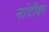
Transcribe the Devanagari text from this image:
नांदीवर